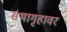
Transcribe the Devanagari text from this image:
सभागृहावर